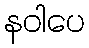
နဝါပေ